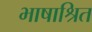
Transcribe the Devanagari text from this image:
भाषाश्रित